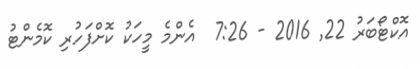
އޮކްޓޯބަރު 22